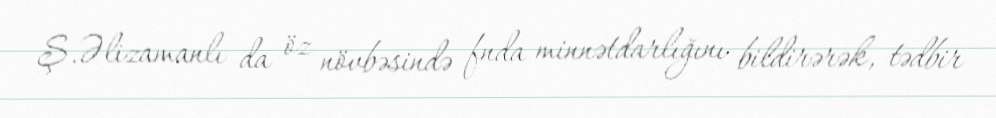
Ş.Əlizamanlı da öz növbəsində fnda minnətdarlığını bildirərək, tədbir